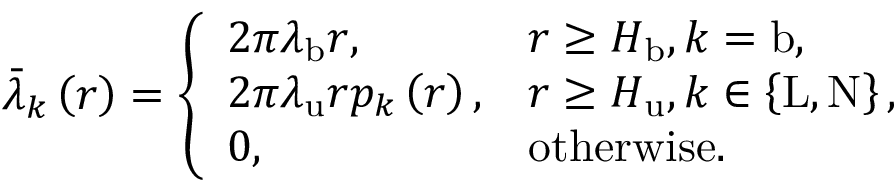
\begin{array} { r } { \bar { \lambda } _ { k } \left( r \right) = \left\{ \begin{array} { l l } { 2 \pi \lambda _ { \mathrm { b } } r , } & { r \ge H _ { \mathrm { b } } , k = \mathrm { b } , } \\ { 2 \pi \lambda _ { \mathrm { u } } r p _ { k } \left( r \right) , } & { r \ge H _ { \mathrm { u } } , k \in \left\{ \mathrm { L } , \mathrm { N } \right\} , } \\ { 0 , } & { \mathrm { o t h e r w i s e } . } \end{array} \right. } \end{array}